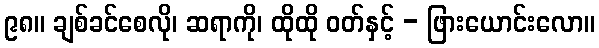
၉၈။ ချစ်ခင်စေလို၊ ဆရာကို၊ ထိုထို ဝတ်နှင့် - ဖြားယောင်းလော။